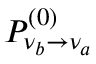
P _ { \nu _ { b } \rightarrow \nu _ { a } } ^ { ( 0 ) }